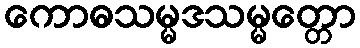
ကောဓသမ္မဒသမ္မတ္တော